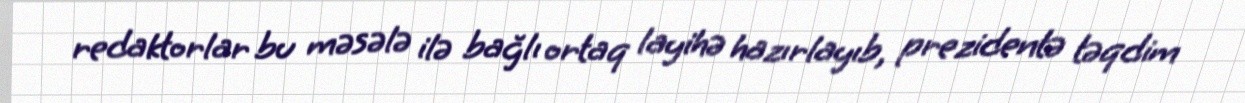
redaktorlar bu məsələ ilə bağlı ortaq layihə hazırlayıb, prezidentə təqdim